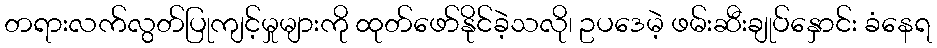
တရားလက်လွတ်ပြုကျင့်မှုများကို ထုတ်ဖော်နိုင်ခဲ့သလို၊ ဥပဒေမဲ့ ဖမ်းဆီးချုပ်နှောင်း ခံနေရ